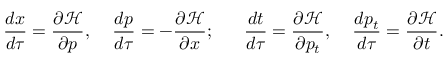
{ \frac { d x } { d \tau } } = { \frac { \partial { \mathcal { H } } } { \partial p } } , \; \; \; \; { \frac { d p } { d \tau } } = - { \frac { \partial { \mathcal { H } } } { \partial x } } ; \; \; \; \; \; \; { \frac { d t } { d \tau } } = { \frac { \partial { \mathcal { H } } } { \partial p _ { t } } } , \; \; \; \; { \frac { d p _ { t } } { d \tau } } = { \frac { \partial { \mathcal { H } } } { \partial t } } .